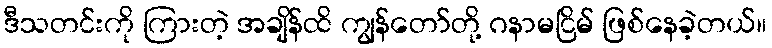
ဒီသတင်းကို ကြားတဲ့ အချိန်ထိ ကျွန်တော်တို့ ဂနာမငြိမ် ဖြစ်နေခဲ့တယ်။